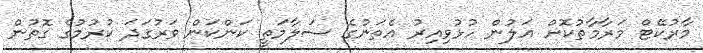
މާރުކޭޓް މަރާމާތުކޮށް އަލުން ހުޅުވިއިރު އެތަނުގެ ސަލާމަތީ ކަންކަން ވަރުގަދަ ކުރުމުގެ ގޮތުން